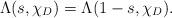
LaTeX: \begin{align*}\Lambda(s,\chi_D) =\Lambda(1-s,\chi_D). \end{align*}